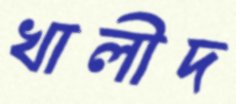
খালীদ